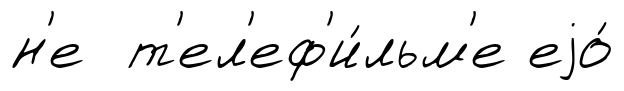
н'е т'ел'еф'и́льм'е еjо́